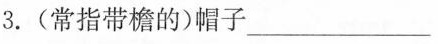
3.(常指带檐的)帽子___